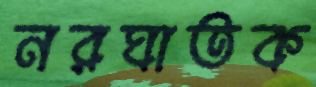
নরঘাতক